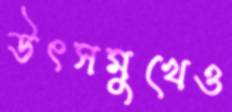
উৎসমুখেও